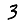
Digit: 3